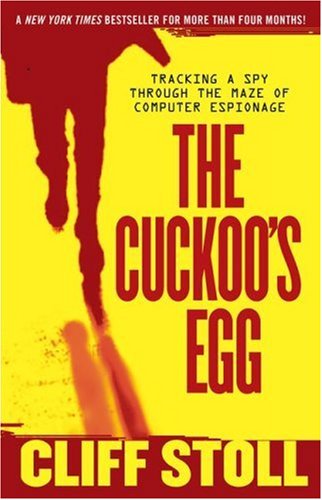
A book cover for The Cuckoo's Egg: Tracking a Spy Through the Maze of Computer Espionage; Cliff Stoll; Literature & Fiction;